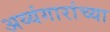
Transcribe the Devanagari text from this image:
अय्यंगारांच्या